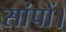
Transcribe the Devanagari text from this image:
सांपों।